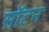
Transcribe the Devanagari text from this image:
सॉटन